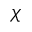
\chi